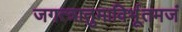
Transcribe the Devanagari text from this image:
जगत्त्रातुमाविर्भूतमजं